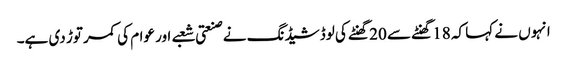
انہوں نے کہا کہ 18 گھنٹے سے 20 گھنٹے کی لوڈشیڈنگ نے صنعتی شعبے اور عوام کی کمر توڑ دی ہے۔